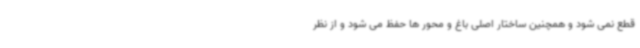
قطع نمی شود و همچنین ساختار اصلی باغ و محور ها حفظ می شود و از نظر